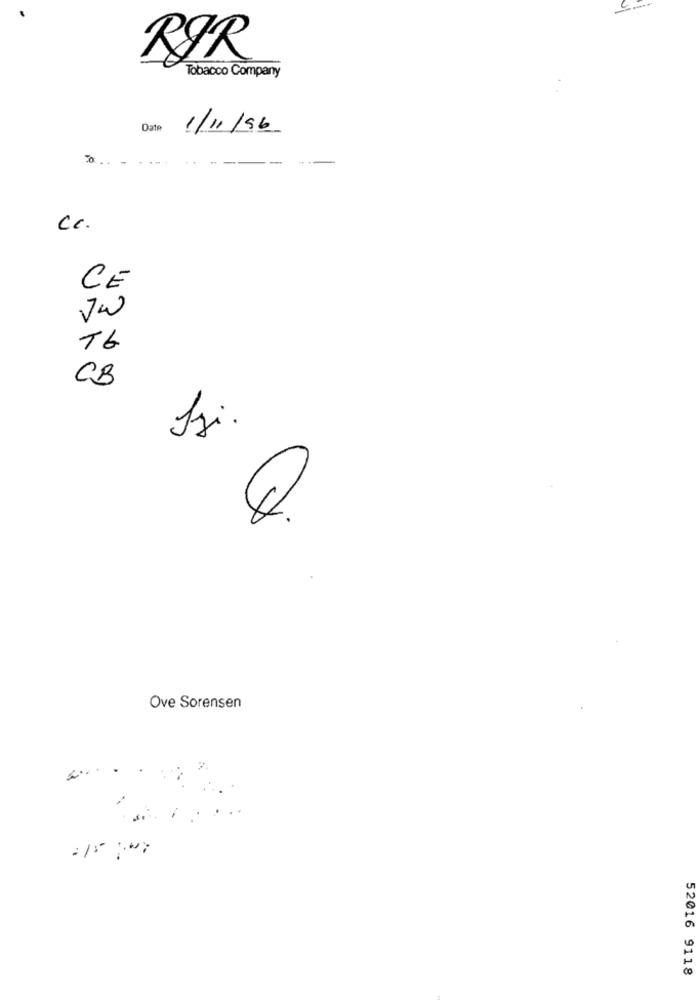
RØR
Tobacco Company
1/11/96
Date
Cc.
CE
Jw
T6
CB
Izi.
4.
Ove Sorensen
52016 9118